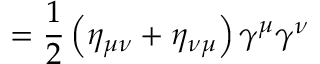
= { \frac { 1 } { 2 } } \left( \eta _ { \mu \nu } + \eta _ { \nu \mu } \right) \gamma ^ { \mu } \gamma ^ { \nu }